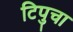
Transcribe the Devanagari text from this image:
टिपुचा